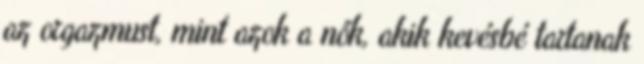
az orgazmust, mint azok a nők, akik kevésbé tartanak